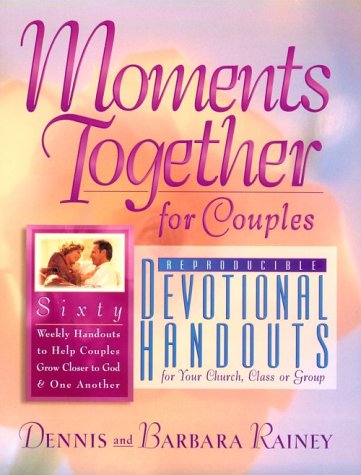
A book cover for Moments Together for Couples Devotional Handouts; Dennis Rainey; Christian Books & Bibles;